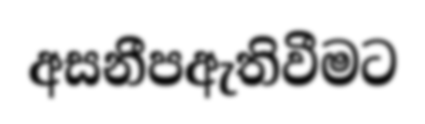
අසනීපඇතිවීමට